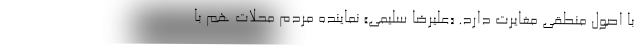
با اصول منطقی مغایرت دارد. «علیرضا سلیمی» نماینده مردم محلات هم با